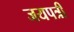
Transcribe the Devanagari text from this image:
जयपत्री